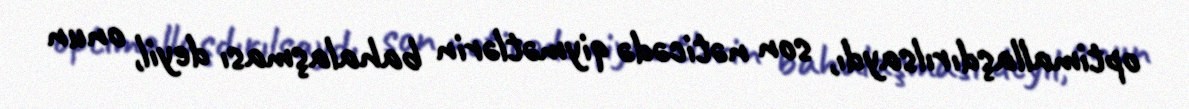
optimallaşdırılsaydı, son nəticədə qiymətlərin bahalaşması deyil, onun